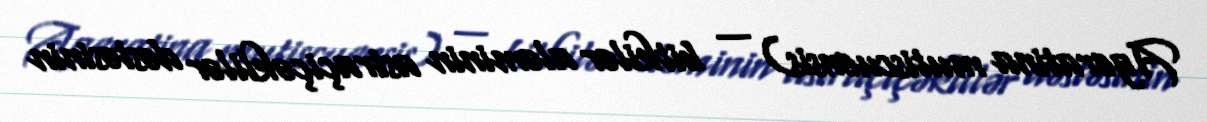
Ageratina mutiscuensis) — bitkilər aləminin astraçiçəklilər dəstəsinin